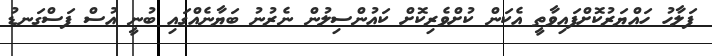
ފަލާހު ހައްޔަރުކޮށްފައިވާތީ އެކަން ކުށްވެރިކޮށް ކައުންސިލުން ނެރުނު ބަޔާނެއްގައި ބުނީ އުސް ފަސްގަނޑު